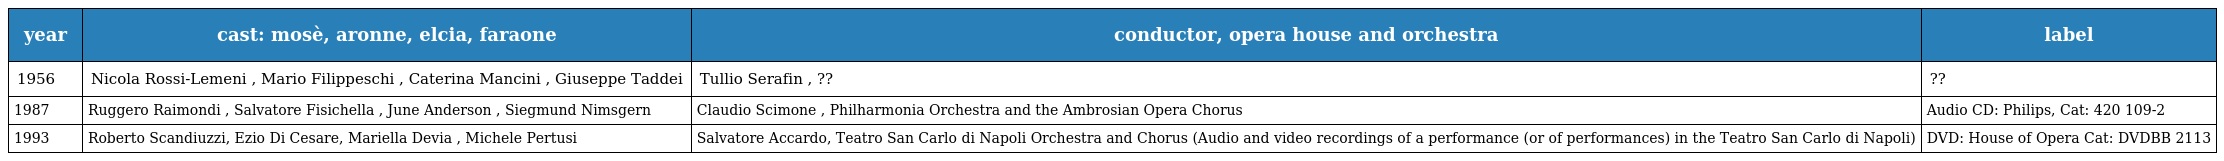
| year | cast: mosè, aronne, elcia, faraone | conductor, opera house and orchestra | label |
 | --- | --- | --- | --- |
 | 1956 | Nicola Rossi-Lemeni , Mario Filippeschi , Caterina Mancini , Giuseppe Taddei | Tullio Serafin , ?? | ?? |
 | 1987 | Ruggero Raimondi , Salvatore Fisichella , June Anderson , Siegmund Nimsgern | Claudio Scimone , Philharmonia Orchestra and the Ambrosian Opera Chorus | Audio CD: Philips, Cat: 420 109-2 |
 | 1993 | Roberto Scandiuzzi, Ezio Di Cesare, Mariella Devia , Michele Pertusi | Salvatore Accardo, Teatro San Carlo di Napoli Orchestra and Chorus (Audio and video recordings of a performance (or of performances) in the Teatro San Carlo di Napoli) | DVD: House of Opera Cat: DVDBB 2113 |